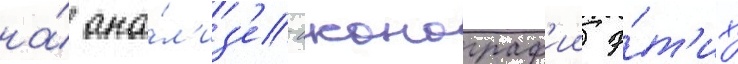
на́ ана́л'из'е иконограф'ии э́т'их